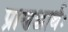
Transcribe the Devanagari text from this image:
प्राणश्चार्थः